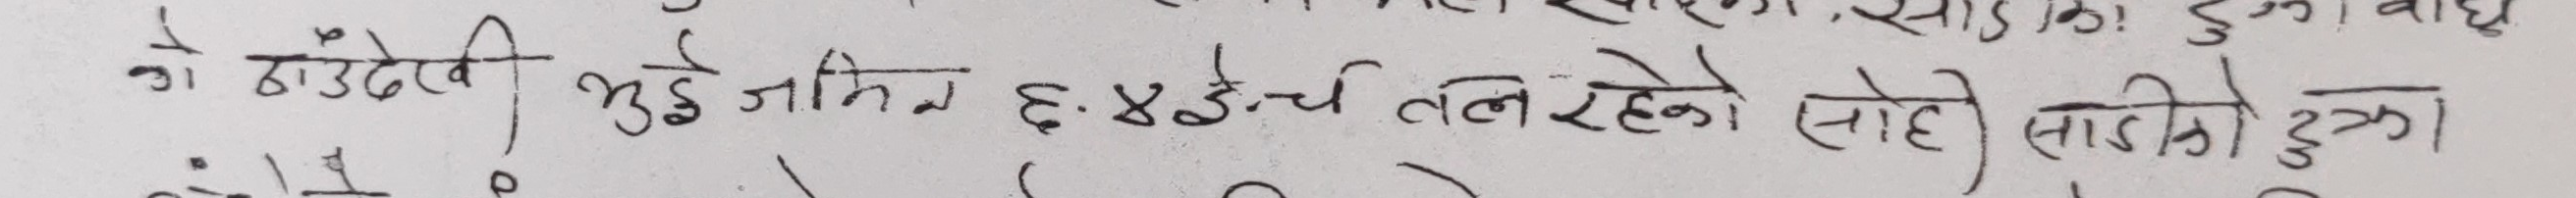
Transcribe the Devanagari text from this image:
ठाउडेरी भुई जमिन ६.४३च तल रहेको (सोह) (साइडो हुका